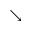
\searrow